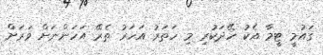
ގައުމީ ޓީމާ އެކު ހޭދަކުރި މި ހަތަރު އަހަރު ތެރޭ އަހަންނަށް ވަރަށް